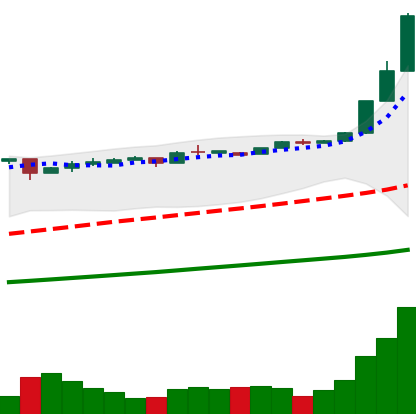
Ticker: BTC-USD
Chart end date: 2016-12-23
Forward return: 5.85%
Label: up_5_7